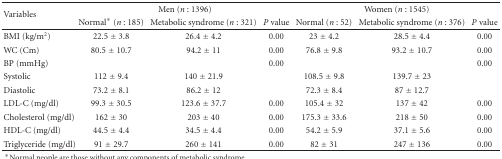
<table><thead><tr><td rowspan="2"><b>Variables</b></td><td colspan="3"><b>Men (<i>n</i> : 1396)</b></td><td colspan="3"><b>Women (<i>n</i> : 1545)</b></td></tr><tr><td><b>Normal* (<i>n</i> : 185)</b></td><td><b>Metabolic syndrome (<i>n</i> : 321)</b></td><td><b><i>P</i> value</b></td><td><b>Normal (<i>n</i> : 52)</b></td><td><b>Metabolic syndrome (<i>n</i> : 376)</b></td><td><b><i>P</i> value </b></td></tr></thead><tbody><tr><td>BMI (kg/m<sup>2</sup>)</td><td>22.5 ± 3.8</td><td>26.4 ± 4.2</td><td>0.00</td><td>23 ± 4.2</td><td>28.5 ± 4.4</td><td>0.00</td></tr><tr><td>WC (Cm)</td><td>80.5 ± 10.7</td><td>94.2 ± 11</td><td>0.00</td><td>76.8 ± 9.8</td><td>93.2 ± 10.7</td><td>0.00</td></tr><tr><td>BP (mmHg)</td><td></td><td></td><td>0.00</td><td></td><td></td><td>0.00</td></tr><tr><td>Systolic</td><td>112 ± 9.4</td><td>140 ± 21.9</td><td></td><td>108.5 ± 9.8</td><td>139.7 ± 23</td><td></td></tr><tr><td>Diastolic</td><td>73.2 ± 8.1</td><td>86.2 ± 12</td><td></td><td>72.3 ± 8.4</td><td>87 ± 12.7</td><td></td></tr><tr><td>LDL-C (mg/dl)</td><td>99.3 ± 30.5</td><td>123.6 ± 37.7</td><td>0.00</td><td>105.4 ± 32</td><td>137 ± 42</td><td>0.00</td></tr><tr><td>Cholesterol (mg/dl)</td><td>162 ± 30</td><td>203 ± 40</td><td>0.00</td><td>175.3 ± 33.6</td><td>218 ± 50</td><td>0.00</td></tr><tr><td>HDL-C (mg/dl)</td><td>44.5 ± 4.4</td><td>34.5 ± 4.4</td><td>0.00</td><td>54.2 ± 5.9</td><td>37.1 ± 5.6</td><td>0.00</td></tr><tr><td>Triglyceride (mg/dl)</td><td>91 ± 29.7</td><td>260 ± 141</td><td>0.00</td><td>82 ± 31</td><td>247 ± 136</td><td>0.00</td></tr></tbody></table>